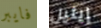
فايبر إيثيل